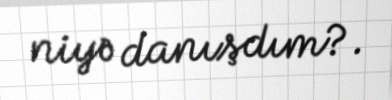
niyə danışdım?.